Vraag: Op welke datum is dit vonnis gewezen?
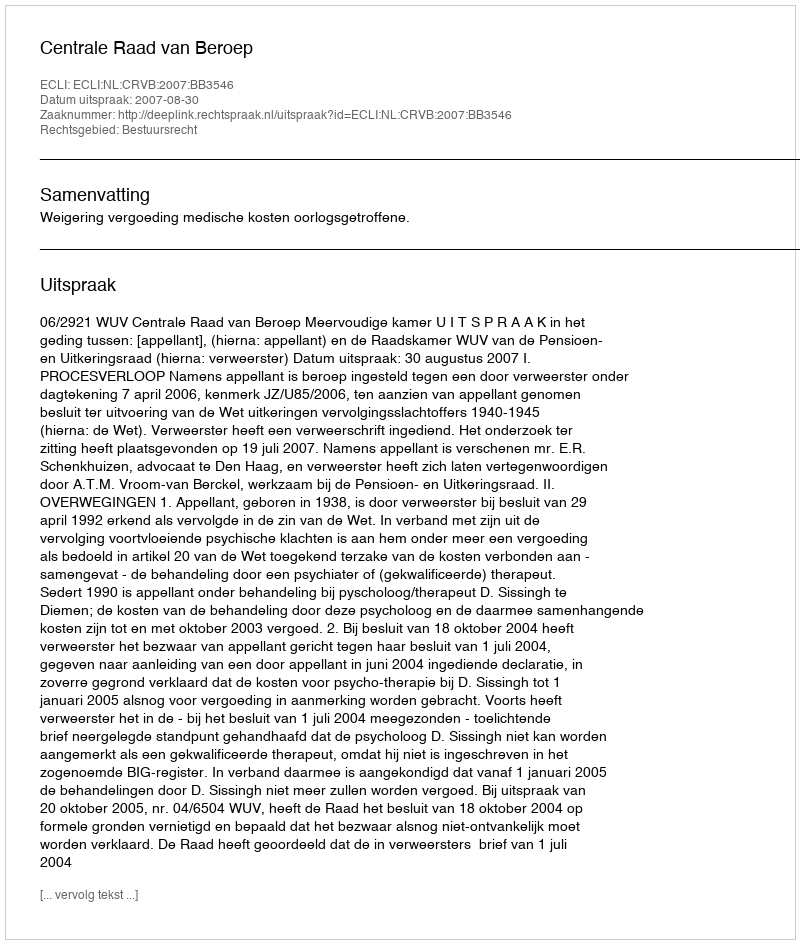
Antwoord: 2007-08-30